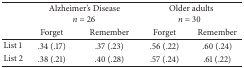
|  | <COLSPAN=2> Alzheimer's Disease n = 26 | <COLSPAN=2> Older adults n = 30 |
 |  | Forget | Remember | Forget | Remember |
 | --- | --- | --- | --- | --- |
 | List 1 | .34 (.17) | .37 (.23) | .56 (.22) | .60 (.24) |
 | List 2 | .38 (.21) | .40 (.28) | .57 (.24) | .61 (.22) |